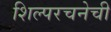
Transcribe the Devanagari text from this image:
शिल्परचनेची